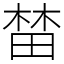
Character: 榃